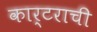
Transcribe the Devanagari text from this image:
कार्टराची